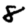
Digit: 8